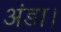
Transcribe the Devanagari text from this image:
अंडा।